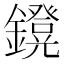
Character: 𨮴